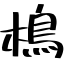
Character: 樢